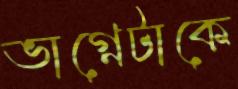
ভাগ্নেটাকে